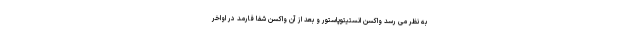
به نظر می رسد واکسن انستیتوپاستور و بعد از آن واکسن شفا فارمد در اواخر